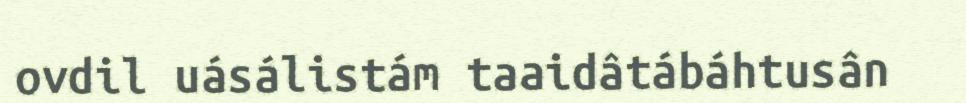
ovdil uásálistám taaidâtábáhtusân